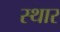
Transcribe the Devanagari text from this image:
स्थार